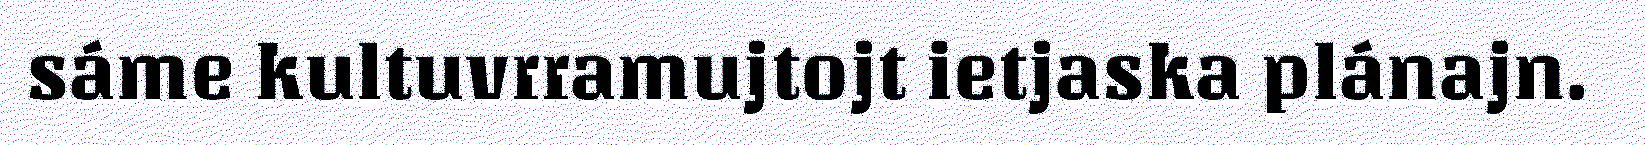
sáme kultuvrramujtojt ietjaska plánajn.